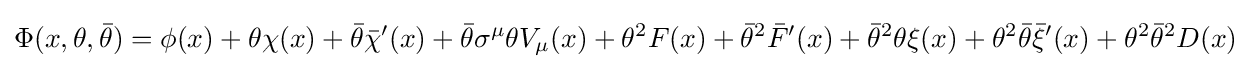
\Phi (x,\theta ,{\bar {\theta }})=\phi (x)+\theta \chi (x)+{\bar {\theta }}{\bar {\chi }}'(x)+{\bar {\theta }}\sigma ^{\mu }\theta V_{\mu }(x)+\theta ^{2}F(x)+{\bar {\theta }}^{2}{\bar {F}}'(x)+{\bar {\theta }}^{2}\theta \xi (x)+\theta ^{2}{\bar {\theta }}{\bar {\xi }}'(x)+\theta ^{2}{\bar {\theta }}^{2}D(x)